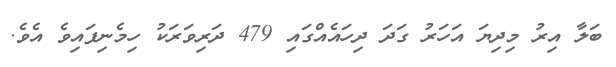
ބަލާ އިރު މިދިޔަ އަހަރު ގަދަ ދިހައެއްގައި 479 ދަރިވަރަކު ހިމެނިފައިވެ އެވެ.